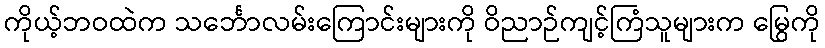
ကိုယ့်ဘဝထဲက သင်္ဘောလမ်းကြောင်းများကို ဝိညာဉ်ကျင့်ကြံသူများက မြွေကို